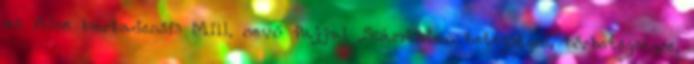
az Aloe barbadensis Mill. nevű fajjal .Számtalan betegségre, bőrbetegségre,